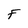
Character: F